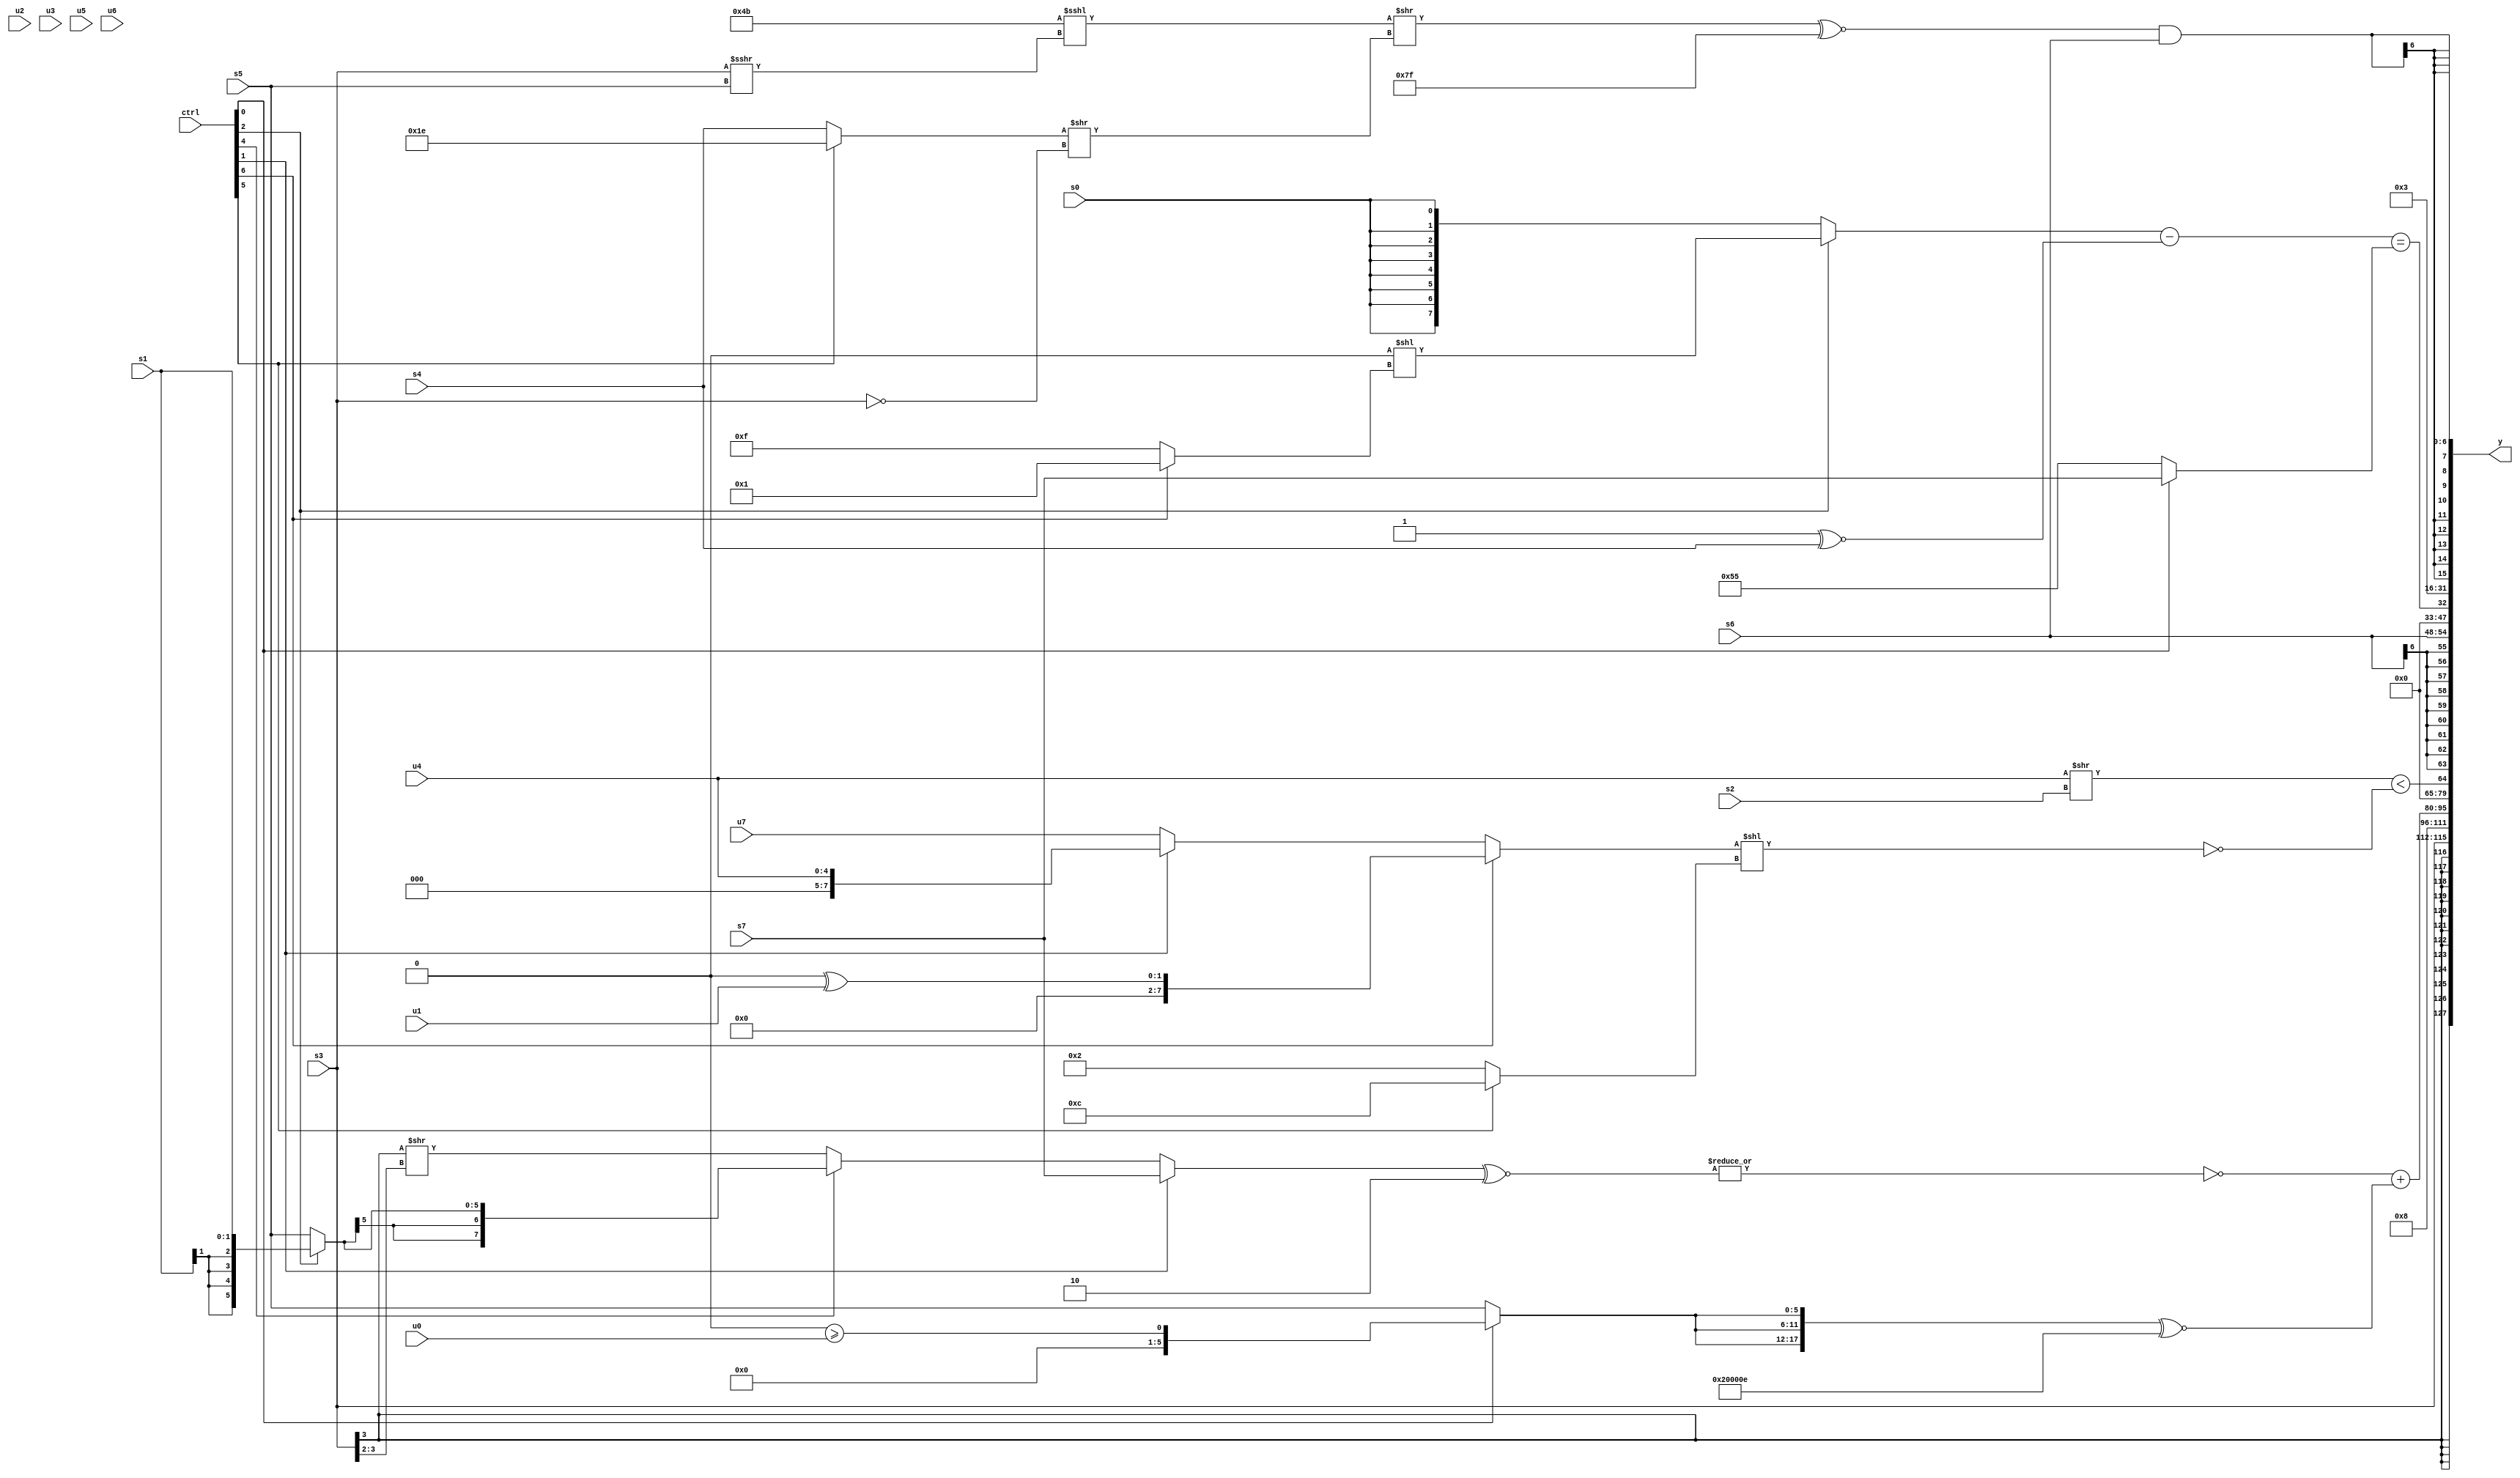
module wideexpr_00468(ctrl, u0, u1, u2, u3, u4, u5, u6, u7, s0, s1, s2, s3, s4, s5, s6, s7, y);
  input [7:0] ctrl;
  input [0:0] u0;
  input [1:0] u1;
  input [2:0] u2;
  input [3:0] u3;
  input [4:0] u4;
  input [5:0] u5;
  input [6:0] u6;
  input [7:0] u7;
  input signed [0:0] s0;
  input signed [1:0] s1;
  input signed [2:0] s2;
  input signed [3:0] s3;
  input signed [4:0] s4;
  input signed [5:0] s5;
  input signed [6:0] s6;
  input signed [7:0] s7;
  output [127:0] y;
  wire [15:0] y0;
  wire [15:0] y1;
  wire [15:0] y2;
  wire [15:0] y3;
  wire [15:0] y4;
  wire [15:0] y5;
  wire [15:0] y6;
  wire [15:0] y7;
  assign y = {y0,y1,y2,y3,y4,y5,y6,y7};
  assign y0 = s3;
  assign y1 = $unsigned(5'sb01000);
  assign y2 = (~|(((ctrl[1]?s7:(ctrl[4]?(ctrl[2]?s1:s5):((s3)>>>(5'sb11010))>>((s3)>>(4'sb0010)))))^~(3'sb110)))+($signed(({3{(ctrl[0]?((3'sb110)>=(1'sb0))>=($unsigned(u0)):{s5})}})^~({2'sb10,(({s7,1'sb1,s1,5'sb01110})<<<({s0,s7,s7}))>>>($signed({3{3'b001}})),4'sb1110})));
  assign y3 = ((u4)>>(s2))<(!($signed(((ctrl[6]?(1'sb0)^(u1):(ctrl[1]?u4:u7)))<<((ctrl[5]?(4'b1100)<<<(1'b0):3'sb010)))));
  assign y4 = s6;
  assign y5 = (+(((ctrl[2]?(-((2'sb00)<<<(5'b11110)))<<((ctrl[6]?(2'sb11)<=(2'sb01):-(6'sb110001))):s0))-((2'sb11)^~(+(s4)))))==((ctrl[0]?s7:$signed((ctrl[0]?1'sb0:$signed({4{2'sb01}})))));
  assign y6 = 2'b11;
  assign y7 = ($signed(((({5'sb10010,2'sb11})<<<((s3)>>>(s5)))>>(((ctrl[5]?2'sb10:s4))>>(!(s3))))^~(-(1'b1))))&(s6);
endmodule